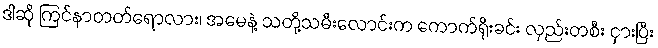
ဒါဆို ကြင်နာတတ်ရောလား၊ အမေနဲ့ သတို့သမီးလောင်းက ကောက်ရိုးခင်း လှည်းတစီး ငှားပြီး